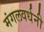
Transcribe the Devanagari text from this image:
मंगलवर्धनी